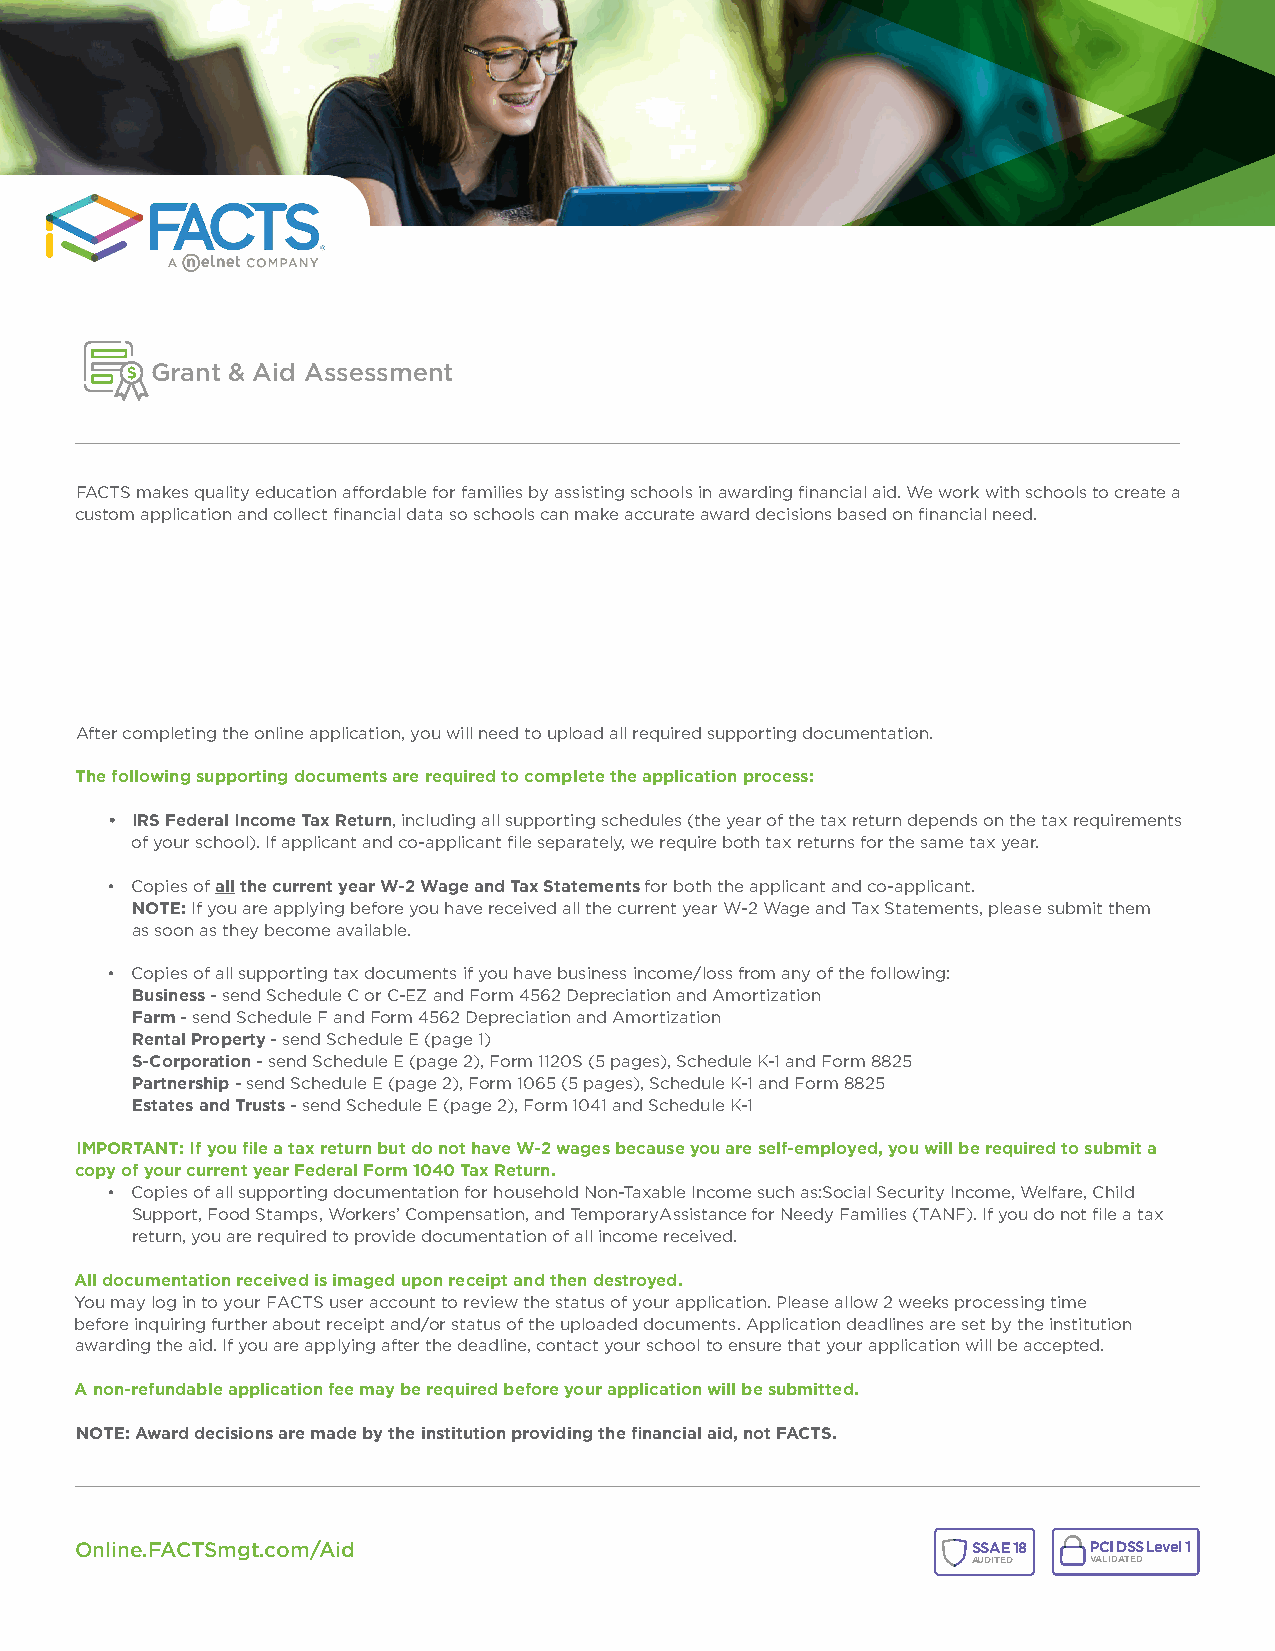
Grant & Aid Assessment
 FACTS makes quality education affordable for families by assisting schools in awarding financial aid. We work with schools to create a
 custom application and collect financial data so schools can make accurate award decisions based on financial need.
 After completing the online application, you will need to upload all required supporting documentation.
 The following supporting documents are required to complete the application process:
 • IRS Federal Income Tax Return, including all supporting schedules (the year of the tax return depends on the tax requirements
 of your school). If applicant and co-applicant file separately, we require both tax returns for the same tax year.
 • Copies of all the current year W-2 Wage and Tax Statements for both the applicant and co-applicant.
 NOTE: If you are applying before you have received all the current year W-2 Wage and Tax Statements, please submit them
 as soon as they become available.
 • Copies of all supporting tax documents if you have business income/loss from any of the following:
 Business - send Schedule C or C-EZ and Form 4562 Depreciation and Amortization
 Farm - send Schedule F and Form 4562 Depreciation and Amortization
 Rental Property - send Schedule E (page 1)
 S-Corporation - send Schedule E (page 2), Form 1120S (5 pages), Schedule K-1 and Form 8825
 Partnership - send Schedule E (page 2), Form 1065 (5 pages), Schedule K-1 and Form 8825
 Estates and Trusts - send Schedule E (page 2), Form 1041 and Schedule K-1
 IMPORTANT: If you file a tax return but do not have W-2 wages because you are self-employed, you will be required to submit a
 copy of your current year Federal Form 1040 Tax Return.
 • Copies of all supporting documentation for household Non-Taxable Income such as:Social Security Income, Welfare, Child
 Support, Food Stamps, Workers’ Compensation, and TemporaryAssistance for Needy Families (TANF). If you do not file a tax
 return, you are required to provide documentation of all income received.
 All documentation received is imaged upon receipt and then destroyed.
 You may log in to your FACTS user account to review the status of your application. Please allow 2 weeks processing time
 before inquiring further about receipt and/or status of the uploaded documents. Application deadlines are set by the institution
 awarding the aid. If you are applying after the deadline, contact your school to ensure that your application will be accepted.
 A non-refundable application fee may be required before your application will be submitted.
 NOTE: Award decisions are made by the institution providing the financial aid, not FACTS.
 Online.FACTSmgt.com/Aid                                    SSAE 18 PCI DSS Level 1
 AUDITED VALIDATED